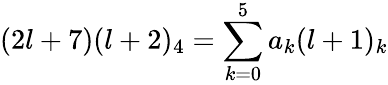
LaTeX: (2l+7)(l+2)_{4}=\sum_{k=0}^{5}a_{k}(l+1)_{k}